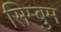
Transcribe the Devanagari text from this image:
सिम्बुम